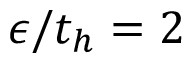
\epsilon / t _ { h } = 2